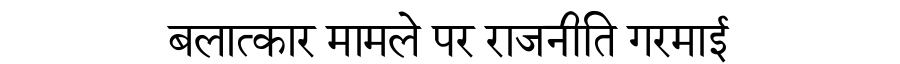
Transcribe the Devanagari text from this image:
बलात्कार मामले पर राजनीति गरमाई